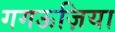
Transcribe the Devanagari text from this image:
गगऊज़िया